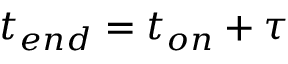
t _ { e n d } = t _ { o n } + \tau